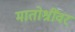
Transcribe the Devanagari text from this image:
मातोश्रींवर